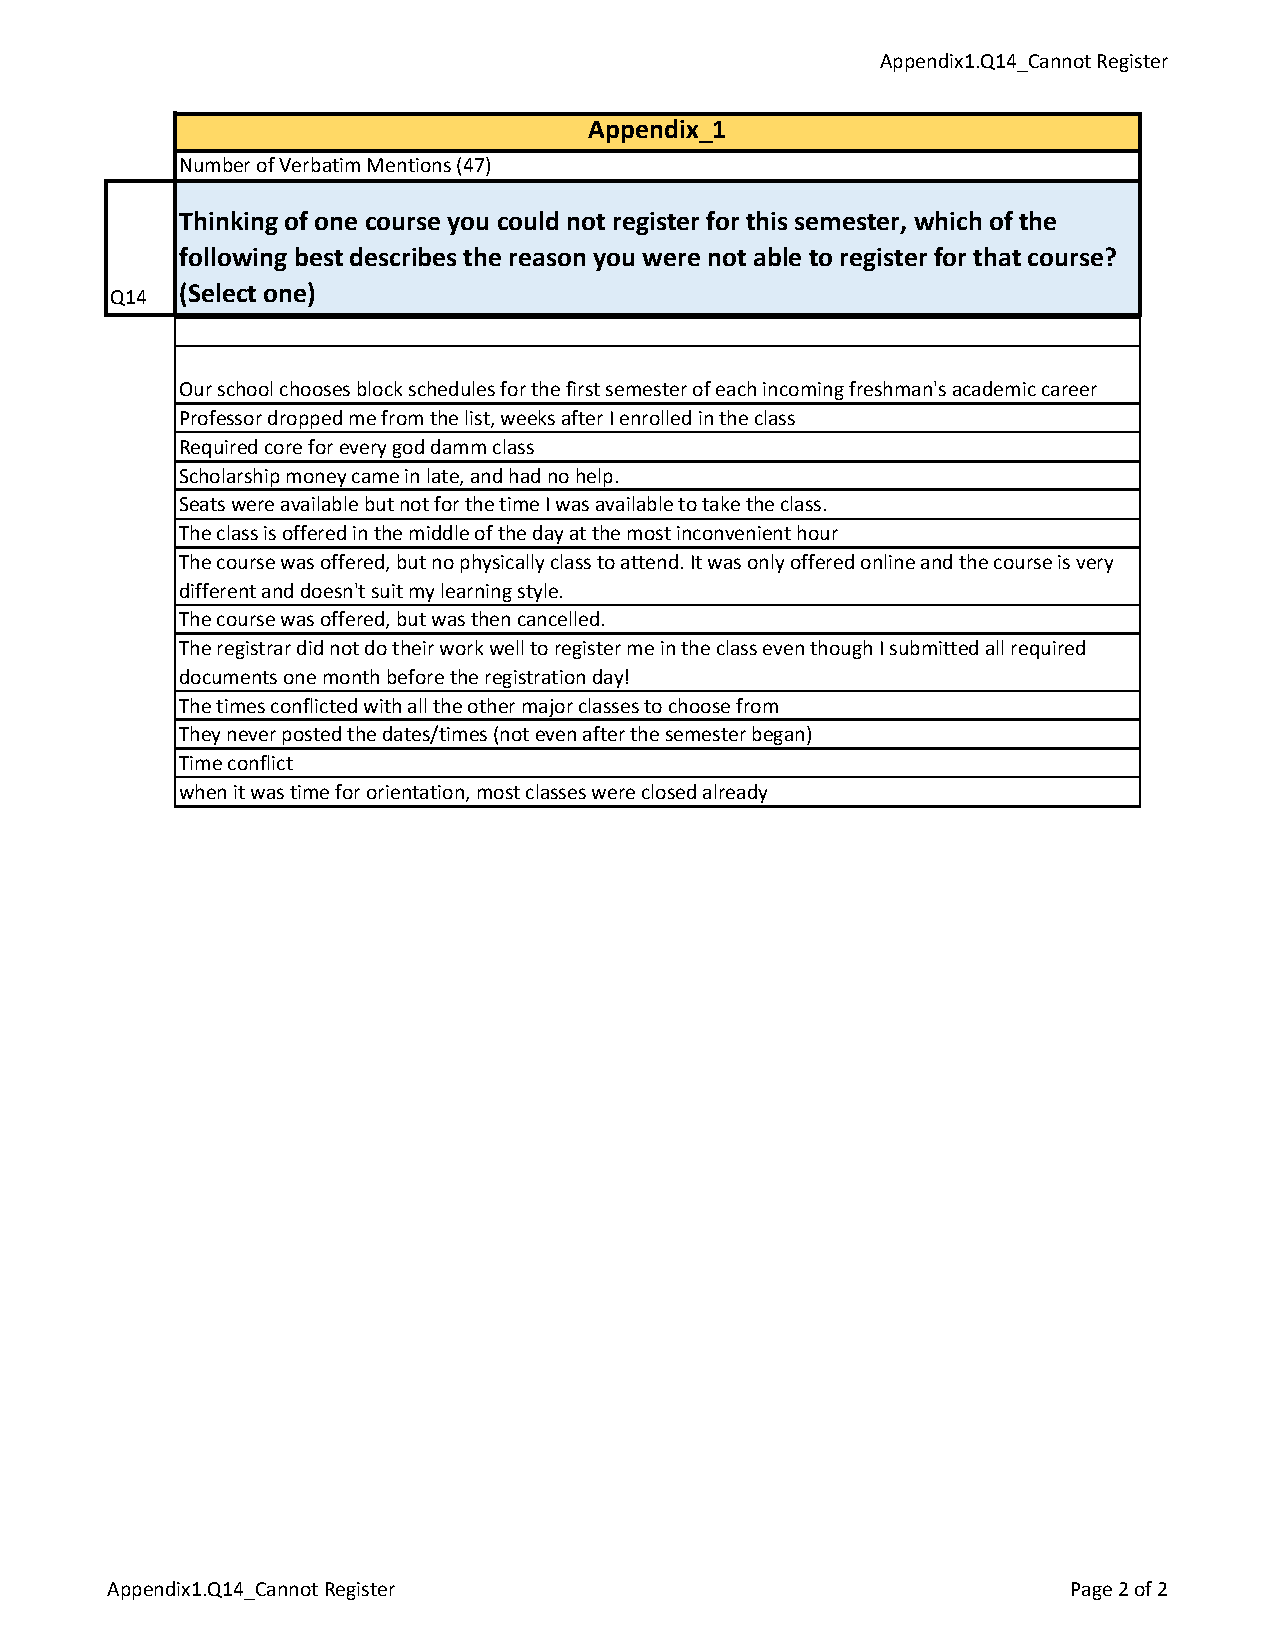
Appendix1.Q14_Cannot Register
 Appendix_1
 Number of Verbatim Mentions (47)
 Thinking of one course you could not register for this semester, which of the
 following best describes the reason you were not able to register for that course?
 Q14 (Select one)
 Our school chooses block schedules for the first semester of each incoming freshman's academic career
 Professor dropped me from the list, weeks after I enrolled in the class
 Required core for every god damm class
 Scholarship money came in late, and had no help.
 Seats were available but not for the time I was available to take the class.
 The class is offered in the middle of the day at the most inconvenient hour
 The course was offered, but no physically class to attend. It was only offered online and the course is very
 different and doesn't suit my learning style.
 The course was offered, but was then cancelled.
 The registrar did not do their work well to register me in the class even though I submitted all required
 documents one month before the registration day!
 The times conflicted with all the other major classes to choose from
 They never posted the dates/times (not even after the semester began)
 Time conflict
 when it was time for orientation, most classes were closed already
 Appendix1.Q14_Cannot Register                                  Page 2 of 2